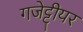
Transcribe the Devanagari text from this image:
गजेट्टीयर